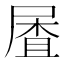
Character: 𱚼